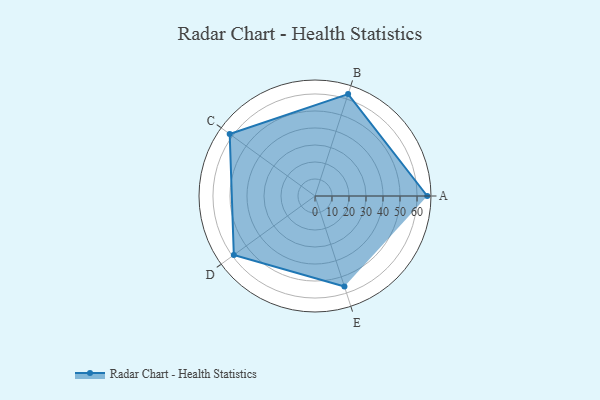
{"axis": {"x": "Skill", "y": "Score"}, "legend": ["Profile"], "data": [{"x": "A", "y": 66.0, "type": "Profile"}, {"x": "B", "y": 63.0, "type": "Profile"}, {"x": "C", "y": 62.0, "type": "Profile"}, {"x": "D", "y": 59.0, "type": "Profile"}, {"x": "E", "y": 56.0, "type": "Profile"}]}